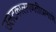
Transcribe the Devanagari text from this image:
उलटकालगणतीप्रमाणे